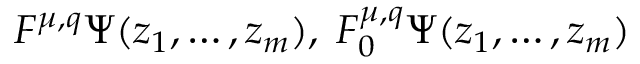
F ^ { \mu , q } \Psi ( z _ { 1 } , \ldots , z _ { m } ) , \; F _ { 0 } ^ { \mu , q } \Psi ( z _ { 1 } , \ldots , z _ { m } )